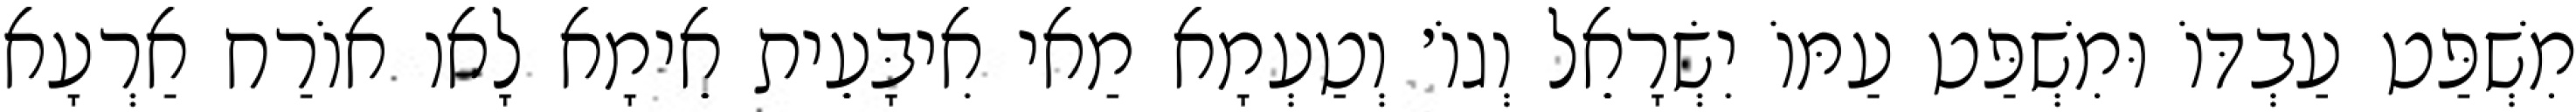
מִשְׁפַּט עַבְדּוֹ וּמִשְׁפַּט עַמּוֹ יִשְׂרָאֵל וְגוֹ׳ וְטַעְמָא מַאי אִיבָּעֵית אֵימָא לָאו אוֹרַח אַרְעָא